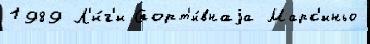
1989 Л'и́г'и Спорт'и́внаjа Марс'иньо